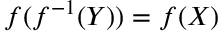
f ( f ^ { - 1 } ( Y ) ) = f ( X )